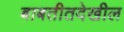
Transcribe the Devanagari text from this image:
बाबतीतदेखील